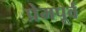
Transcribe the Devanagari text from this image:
प्रेमपूर्व